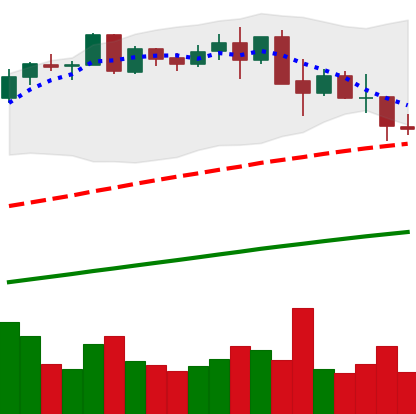
Ticker: BNB-USD
Chart end date: 2021-05-18
Forward return: -48.241%
Label: down_7plus